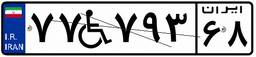
۷۷W۷۹۳۶۸